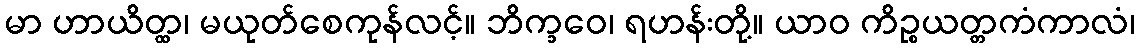
မာ ဟာယိတ္ထ၊ မယုတ်စေကုန်လင့်။ ဘိက္ခဝေ၊ ရဟန်းတို့။ ယာဝ ကိဉ္စယတ္တကံကာလံ၊